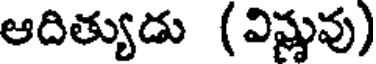
ఆదిత్యుడు (విష్ణువు)